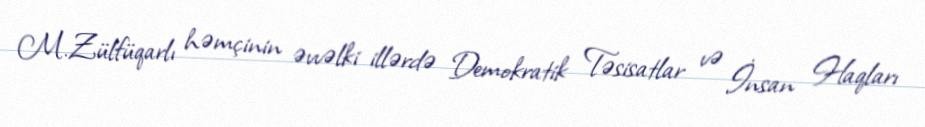
M.Zülfüqarlı həmçinin əvvəlki illərdə Demokratik Təsisatlar və İnsan Haqları